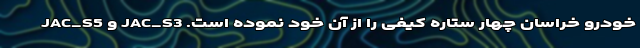
خودرو خراسان چهار ستاره کیفی را از آن خود نموده است. JAC_S3 و JAC_S5